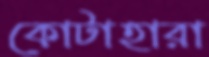
কোটাহারা